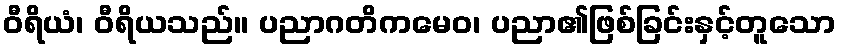
ဝီရိယံ၊ ဝီရိယသည်။ ပညာဂတိကမေဝ၊ ပညာ၏ဖြစ်ခြင်းနှင့်တူသော